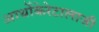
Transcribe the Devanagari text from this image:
आर्थोकेरेटालाजी